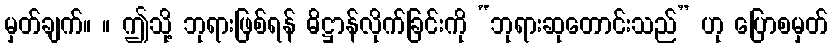
မှတ်ချက်။ ။ ဤသို့ ဘုရားဖြစ်ရန် ဓိဋ္ဌာန်လိုက်ခြင်းကို “ဘုရားဆုတောင်းသည်” ဟု ပြောစမှတ်